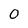
Character: 0